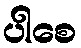
ပါစေ